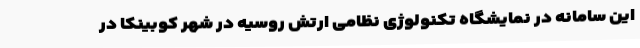
این سامانه در نمایشگاه تکنولوژی نظامی ارتش روسیه در شهر کوبینکا در